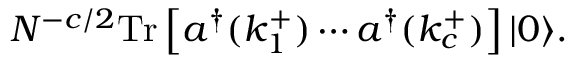
N ^ { - c / 2 } \mathrm { T r } \left[ a ^ { \dagger } ( k _ { 1 } ^ { + } ) \cdots a ^ { \dagger } ( k _ { c } ^ { + } ) \right] | 0 \rangle .